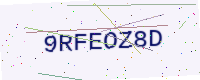
Text: 9RFEOZ8D